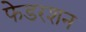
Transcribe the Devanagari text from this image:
फेडरशन